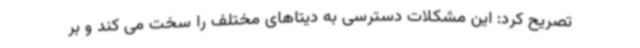
تصریح کرد: این مشکلات دسترسی به دیتاهای مختلف را سخت می کند و بر